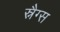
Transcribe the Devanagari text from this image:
स्नैग्स